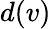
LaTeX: d(v)